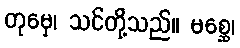
တုမှေ၊ သင်တို့သည်။ မစ္ဆေ၊